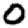
Digit: 0